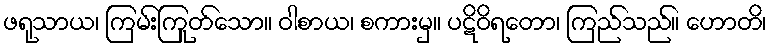
ဖရုသာယ၊ ကြမ်းကြုတ်သော။ ဝါစာယ၊ စကားမှ။ ပဋိဝိရတော၊ ကြည်သည်။ ဟောတိ၊